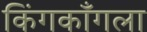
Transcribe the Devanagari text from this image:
किंगकाँगला